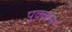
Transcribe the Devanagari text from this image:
पुक्कस